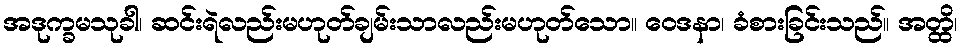
အဒုက္ခမသုခါ၊ ဆင်းရဲလည်းမဟုတ်ချမ်းသာလည်းမဟုတ်သော။ ဝေဒနာ၊ ခံစားခြင်းသည်။ အတ္ထိ၊